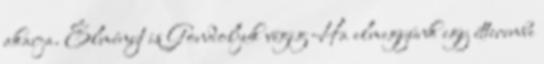
akarja. Élményt is Gondoljuk végig Ha elmegyünk egy étterembe